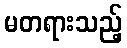
မတရားသည့်